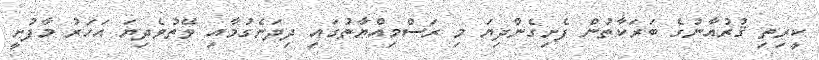
ކީރިތި ޤުރުއާނުގެ ބަރަކާތުން ފެށިގެންދިޔަ މި ރަސްމިއްޔާތުގައި ދިދަނެގުމާއި ވޭތުވެދިޔަ އަހަރު މާފުށީ